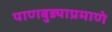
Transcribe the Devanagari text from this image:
पाणबुड्याप्रमाणे